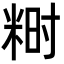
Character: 𬖞